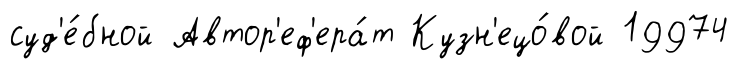
суд'е́бной Автор'еф'ера́т Кузн'ецо́вой 19974